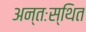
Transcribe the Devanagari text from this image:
अन्तःस्थित